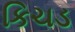
કિચડ